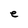
Character: e